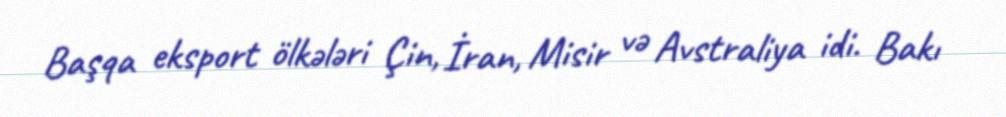
Başqa eksport ölkələri Çin, İran, Misir və Avstraliya idi. Bakı